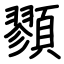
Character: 顟